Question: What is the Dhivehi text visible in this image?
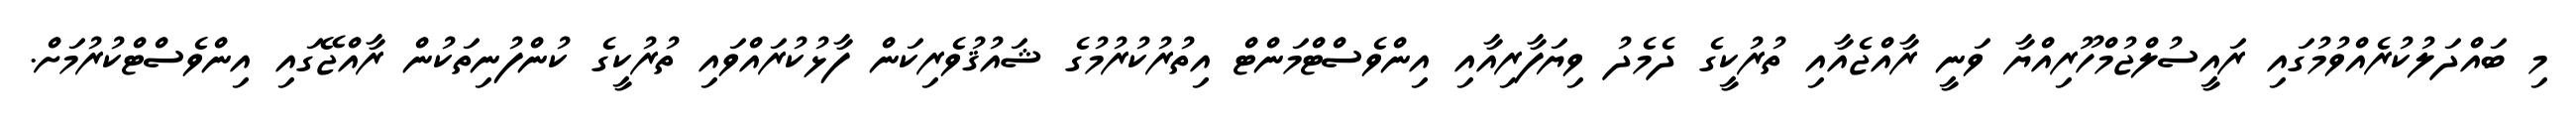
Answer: މި ބައްދަލުކުރެއްވުމުގައި ރައީސުލްޖުމްހޫރިއްޔާ ވަނީ ރާއްޖެއާއި ތުރުކީގެ ދެމެދު ވިޔަފާރިއާއި އިންވެސްޓްމަންޓް އިތުރުކުރުމުގެ ޝައުޤުވެރިކަން ފާޅުކުރައްވައި ތުރުކީގެ ކުންފުނިތަކުން ރާއްޖޭގައި އިންވެސްޓްކުރުމަށް.